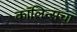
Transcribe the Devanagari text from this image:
कॉलिन्सचा